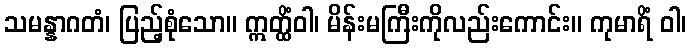
သမန္နာဂတံ၊ ပြည့်စုံသော။ ဣတ္ထိံဝါ၊ မိန်းမကြီးကိုလည်းကောင်း။ ကုမာရိံ ဝါ၊